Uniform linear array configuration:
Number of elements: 32
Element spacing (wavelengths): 0.25
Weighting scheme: binomial
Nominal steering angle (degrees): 45
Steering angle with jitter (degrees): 46.368
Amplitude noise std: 0.05
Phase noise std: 0.05

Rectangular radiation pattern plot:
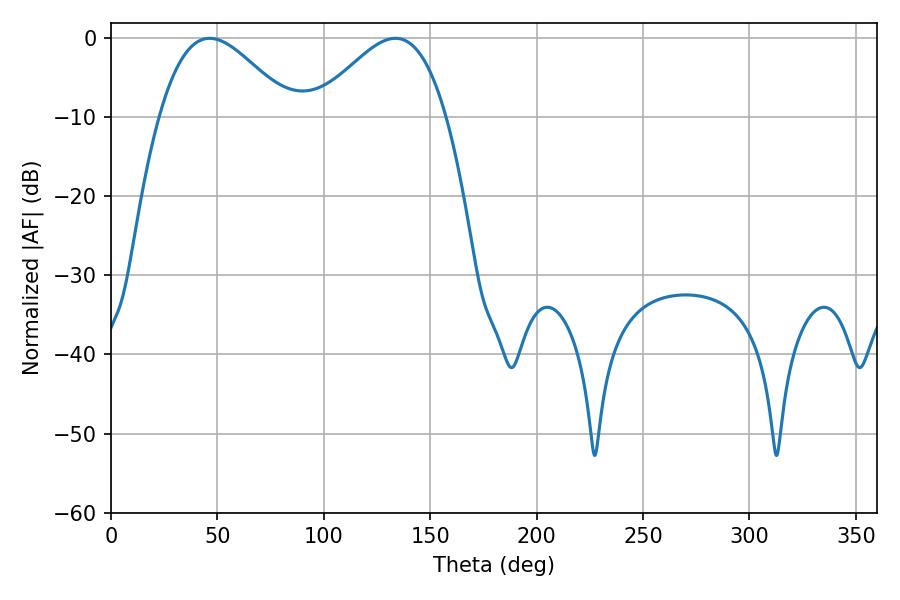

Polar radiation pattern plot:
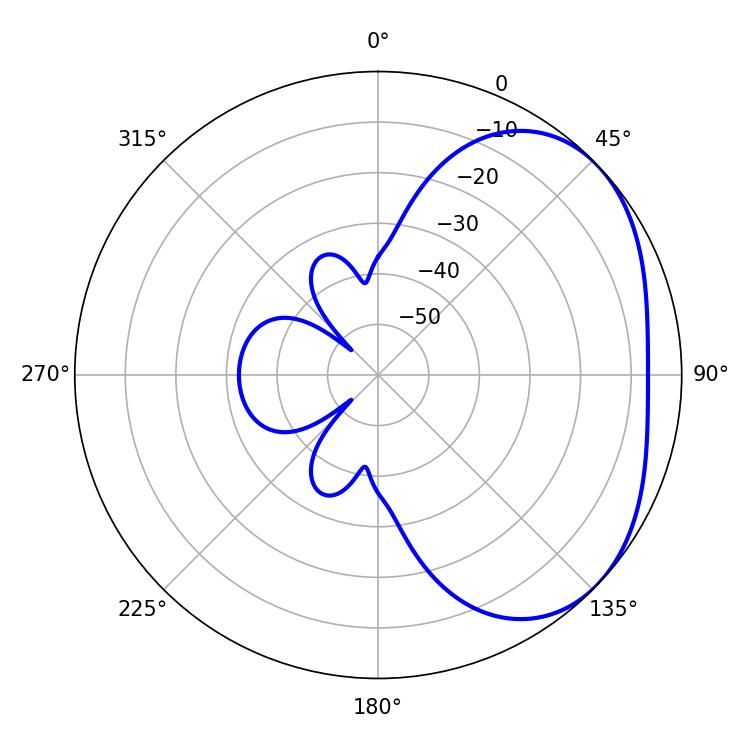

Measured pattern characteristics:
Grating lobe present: FALSE
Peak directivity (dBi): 3.078
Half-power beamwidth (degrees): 33.12
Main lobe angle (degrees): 46.44